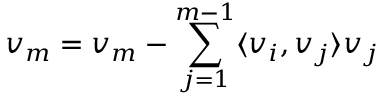
v _ { m } = v _ { m } - \sum _ { j = 1 } ^ { m - 1 } \langle v _ { i } , v _ { j } \rangle v _ { j }